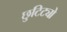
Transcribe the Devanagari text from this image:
छुटिट्यो